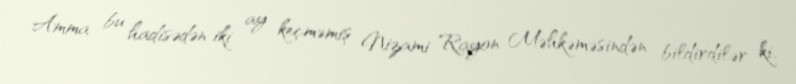
Amma bu hadisədən iki ay keçməmiş Nizami Rayon Məhkəməsindən bildirdilər ki,